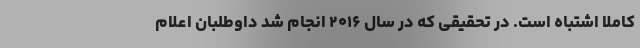
کاملاً اشتباه است. در تحقیقی که در سال ۲۰۱۶ انجام شد داوطلبان اعلام